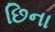
છિના